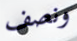
ونصف